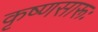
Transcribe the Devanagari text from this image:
कृष्‍णसारूः